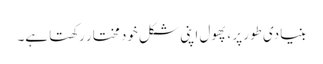
بنیادی طور پر ، پھول اپنی شکل خود مختار رکھتا ہے۔